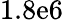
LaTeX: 1.8\mathrm{e}6